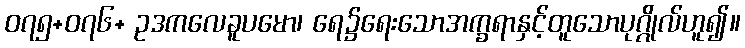
၀၇၅+၀၇၆+ ဥဒကလေခူပမော၊ ရေ၌ရေးသောအက္ခရာနှင့်တူသောပုဂ္ဂိုလ်ဟူ၍။